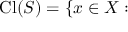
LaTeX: { \mathrm { C l } } ( S ) = \{ x \in X :